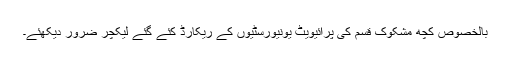
بالخصوص کچھ مشکوک قسم کی پرائیویٹ یونیورسٹیوں کے ریکارڈ کئے گئے لیکچر ضرور دیکھئے۔